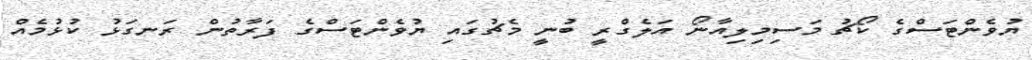
ޔުވެންޓަސްގެ ކޯޗު މަސިމިލިއާނޯ އަލެގްރީ ބުނީ މެޗުގައި ޔުވެންޓަސްގެ ފަރާތުން ރަނގަޅު ކުޅުމެއް